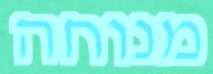
מנוחה